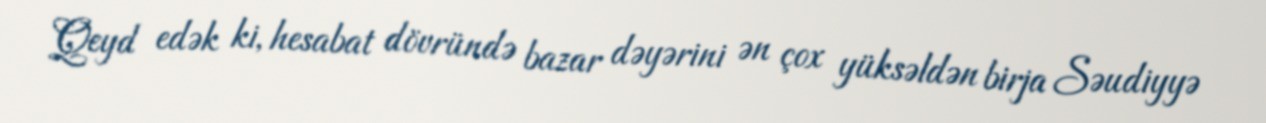
Qeyd edək ki, hesabat dövründə bazar dəyərini ən çox yüksəldən birja Səudiyyə